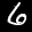
Label: 6